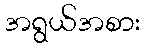
အရွယ်အစား